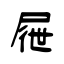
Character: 屜